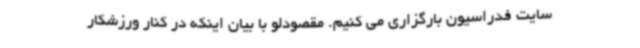
سایت فدراسیون بارگزاری می کنیم. مقصودلو با بیان اینکه در کنار ورزشکار